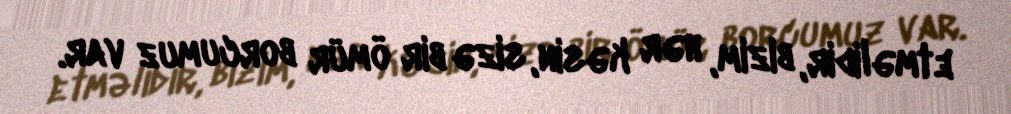
etməlidir, bizim, hər kəsin, sizə bir ömür borcumuz var.